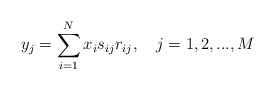
\begin{align*}y_j = \sum_{i=1}^N x_i s_{ij} r_{ij},\ \ \ j = 1, 2, ..., M\end{align*}